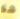
هنا